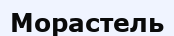
Морастель